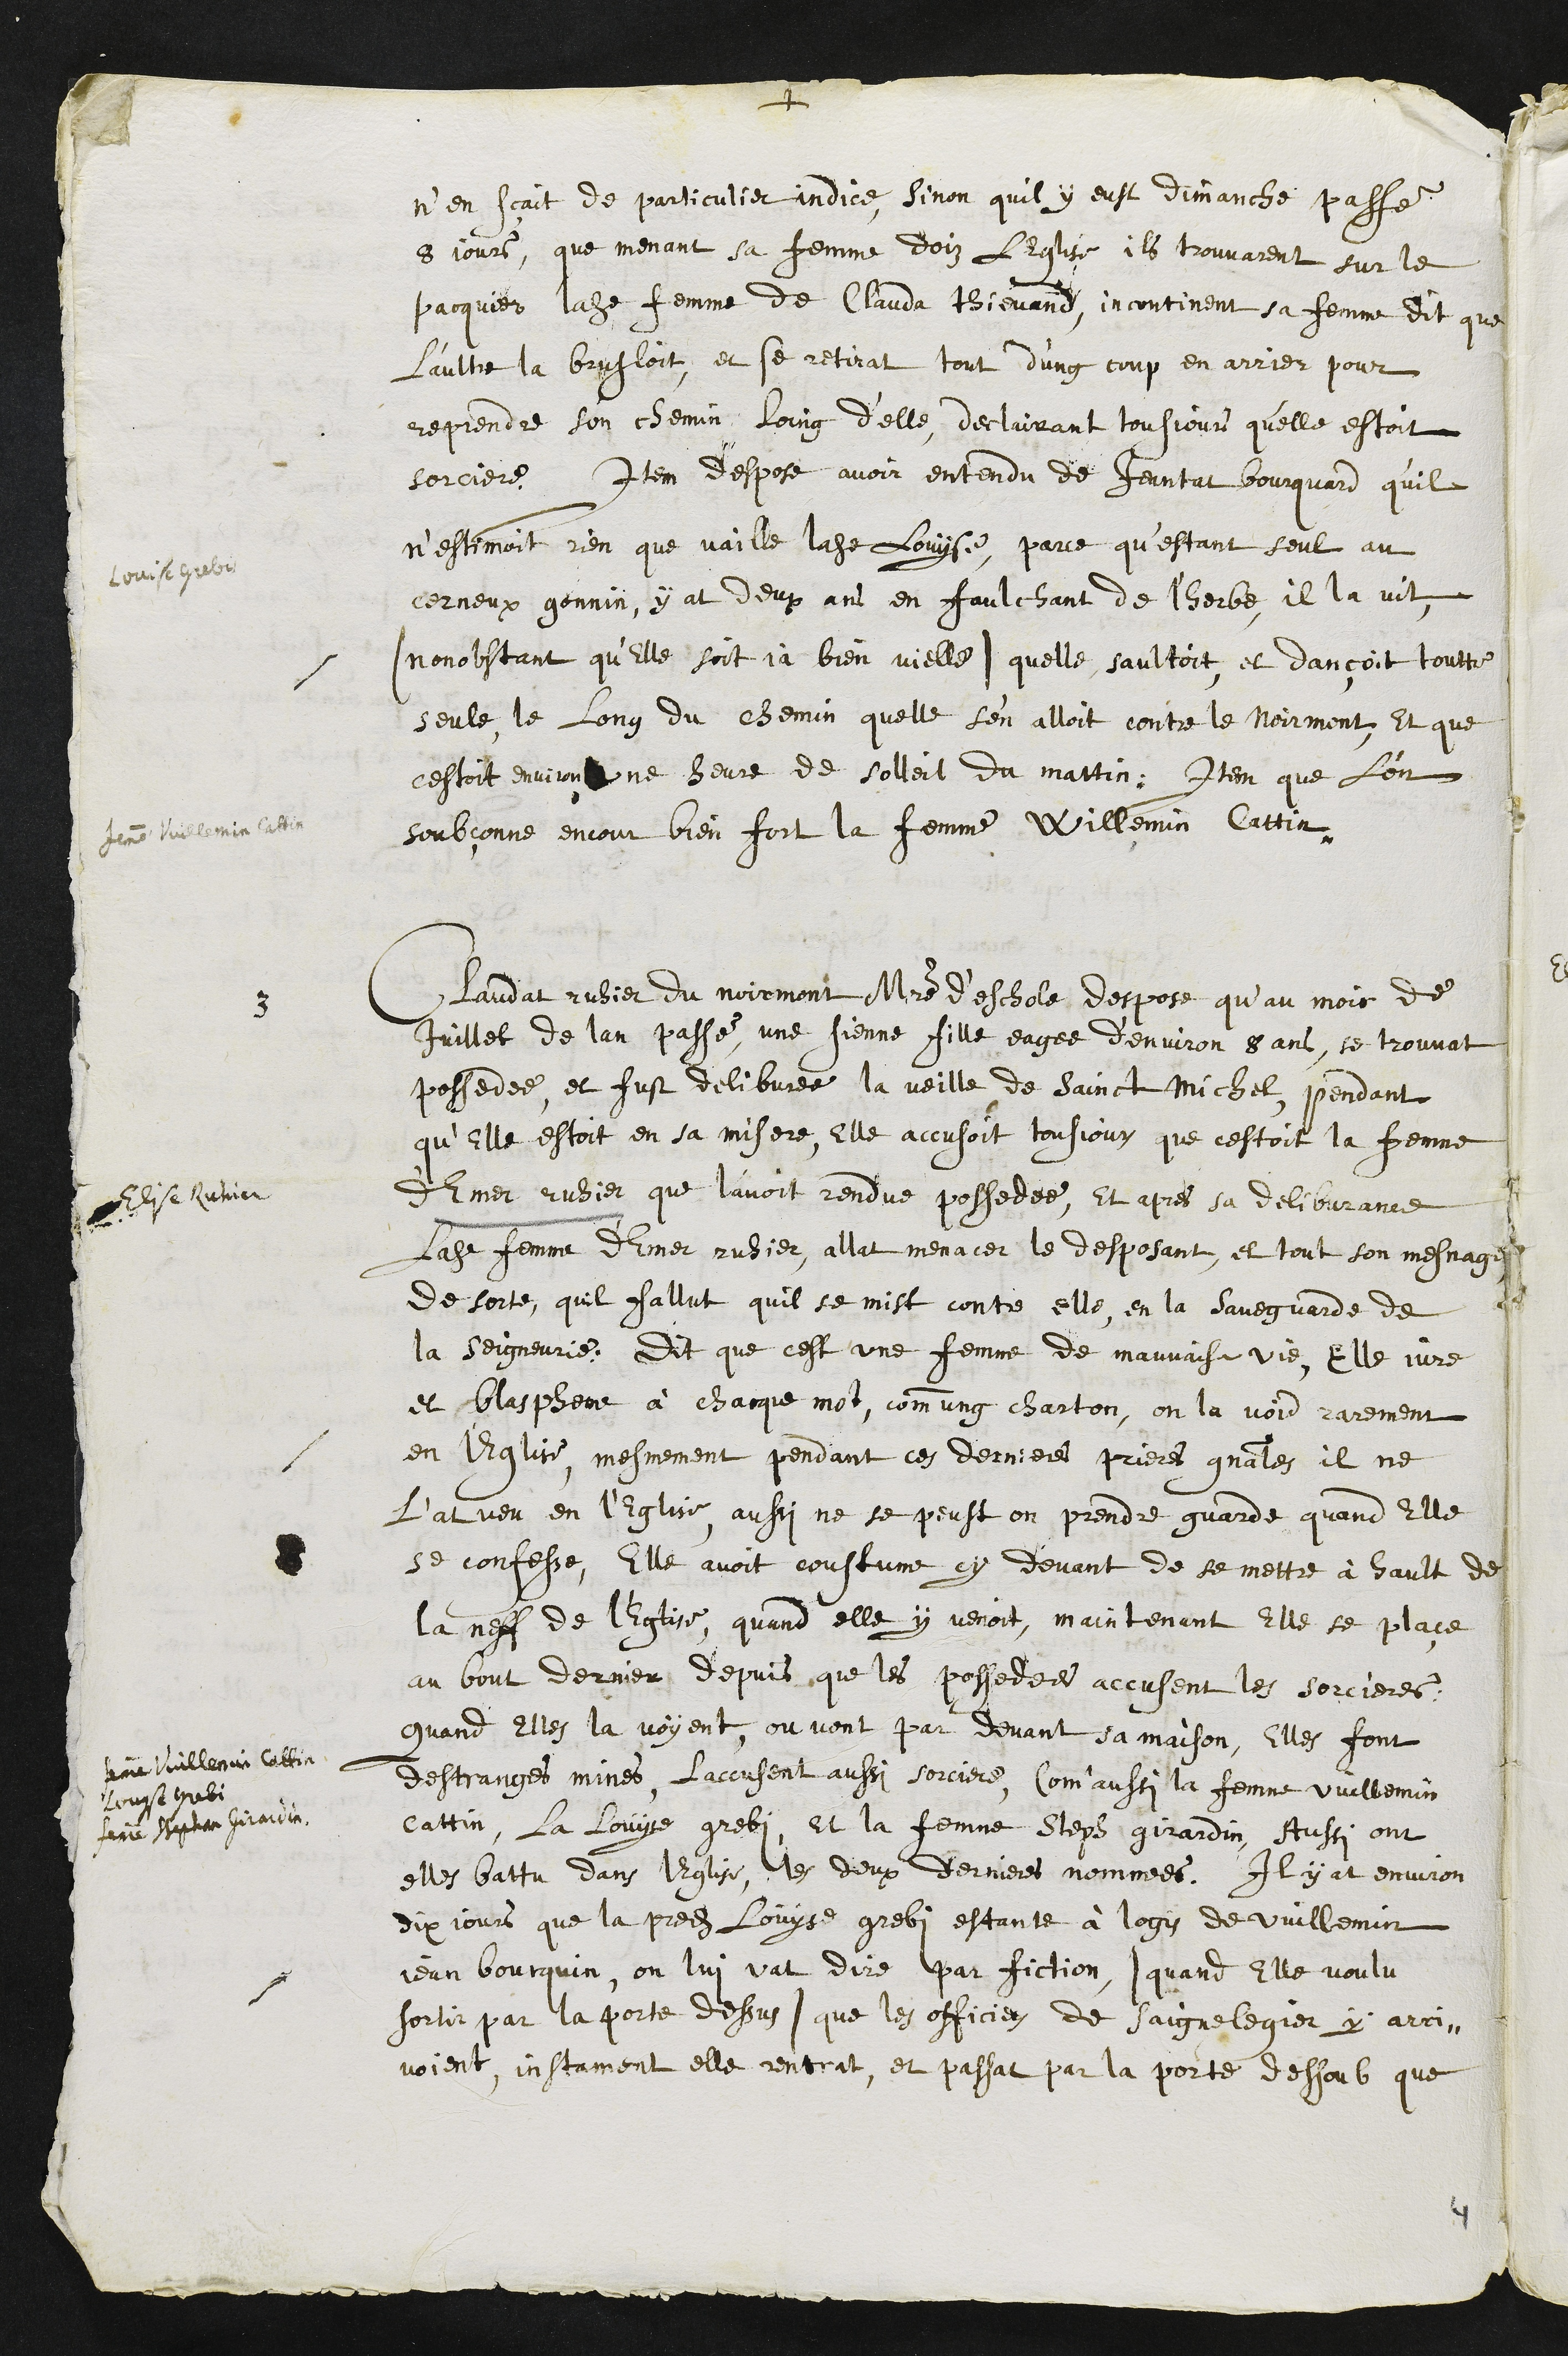
+
Louise Grebis
femme Vuillemin Cattin
Elise Ruhier
femme Vuillemin Cattin
Louise Grebi
femme Stephan Girardin
n’en scait de particulier indice, sinon quil y eust dimanche passe
8 jours, que menant sa femme doiz l’Eglise, ils trouvarent sur le
pacquier ladite femme de Clauda Thievand, incontinent sa femme dit que
l'aultre la brusloit, et se retirat tout d’ung coup en arrier pour
reprendre son chemin loing delle, declairant tousjours qu'elle estoit
sorciere. Item despose avoir entendu de Jeantat Bourquard qu'il
n'estimoit rien que vaille ladite Louyse parce questant seul au
cerneux gennin, y at deux ans en faulchant de l'herbe, il la vit,
(nonobstant qu’elle soit ja bien vielle) quelle saultoit et dançoit toutte
seule le long du chemin quelle s’en alloit contre le Noirmont, Et que
cestoit environ une heure de solleil du mattin, Item que l’on
soubçonne encour bien fort la femme Willemin Cattin
3
Claudat ruhier du Noirmont Maitre d’eschole despose qu’au mois de
Juillet de lan passé une sienne fille eagee d’environ 8 ans, se trouvat
possedée, et fust delibvree la veille de Sainct Michel, pendant
qu’Elle estoit en sa misere, Elle accusoit tousjour que cestoit la femme
d'Emer ruhier que lavoit rendue possedee, Et apres sa delibvrance
ladite femme d'Emer ruhier, allat menacer le desposant, et tout son mesnage
de sorte quil fallut quil se mist contre elle en la saveguarde de
la Seigneurie, Dit que cest une femme de mauvaise vie, Elle jure
et blaspheme à chacque mot, commung charton, on la void rarement
en l'Eglise, mesmement pendant ces dernieres prieres gnales il ne
l'at veu en l'Eglise, aussi ne se peust on prendre guarde quand Elle
se confesse, Elle avoit coustume cy devant de se mette à hault de
la neff de l'Eglise, quand elle y venoit, maintenant elle se place
au bout dernier depuis que les possedees accusent les sorcieres,
quand elles la voyent, ou vont par devant sa maison, Elles font
destranges mines, Laccusent aussi sorciere, Com'aussi la femme Vuillemin
Cattin, la Louyse grebis et la femme Steph girardin, Aussi ont
elles battu dans lEglise, les deux dernieres nommes, Il y at environ
dix jours que la predite Louyse grebis estante à logis de Vuillemin
Jean Bourquin, on lui vat dire par fiction (quand Elle voulu
sortir par la porte dessus) que les officiers de Saignelegier y arri-
voient, instament elle rentrat, et passat par la porte dessoub que
4